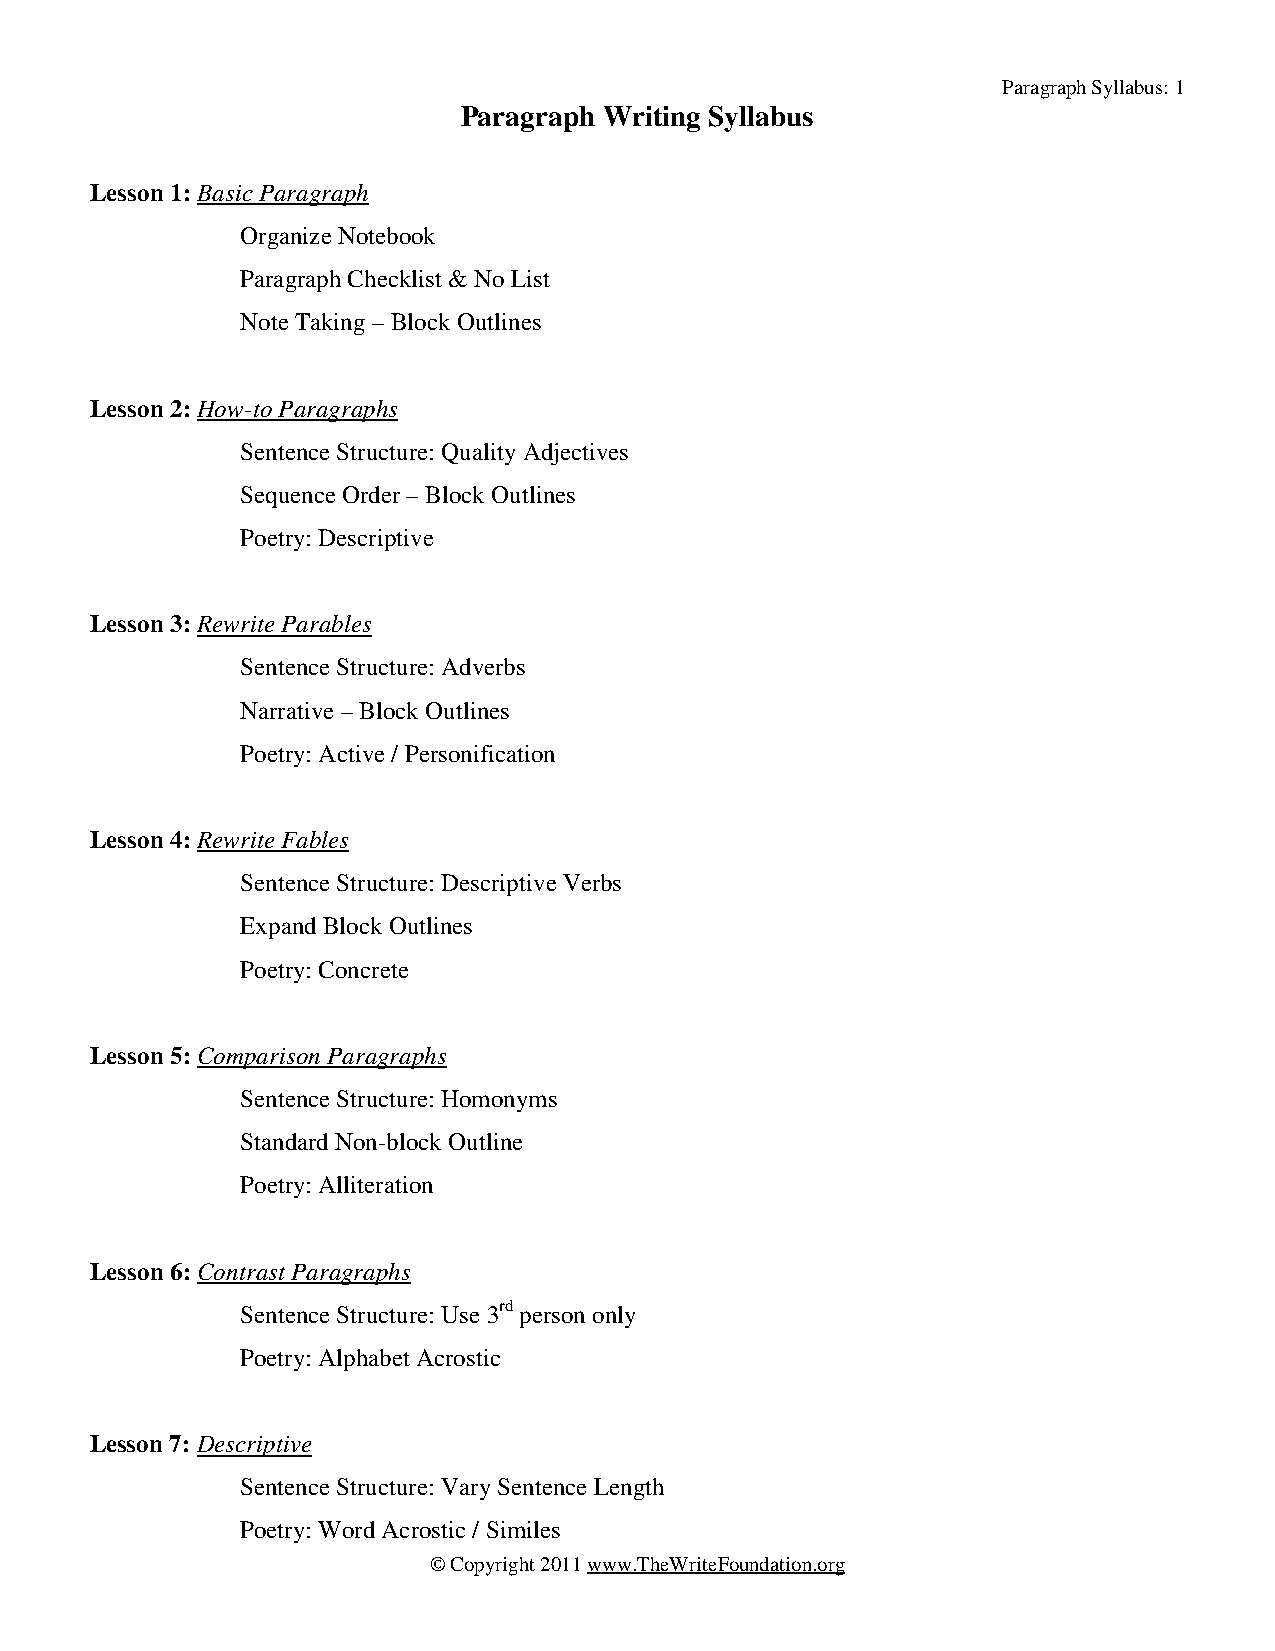
Paragraph Syllabus: 1
 Paragraph Writing Syllabus
 Lesson 1: Basic Paragraph
 Organize Notebook
 Paragraph Checklist & No List
 Note Taking – Block Outlines
 Lesson 2: How-to Paragraphs
 Sentence Structure: Quality Adjectives
 Sequence Order – Block Outlines
 Poetry: Descriptive
 Lesson 3: Rewrite Parables
 Sentence Structure: Adverbs
 Narrative – Block Outlines
 Poetry: Active / Personification
 Lesson 4: Rewrite Fables
 Sentence Structure: Descriptive Verbs
 Expand Block Outlines
 Poetry: Concrete
 Lesson 5: Comparison Paragraphs
 Sentence Structure: Homonyms
 Standard Non-block Outline
 Poetry: Alliteration
 Lesson 6: Contrast Paragraphs
 Sentence Structure: Use 3rd person only
 Poetry: Alphabet Acrostic
 Lesson 7: Descriptive
 Sentence Structure: Vary Sentence Length
 Poetry: Word Acrostic / Similes
 © Copyright 2011 www.TheWriteFoundation.org